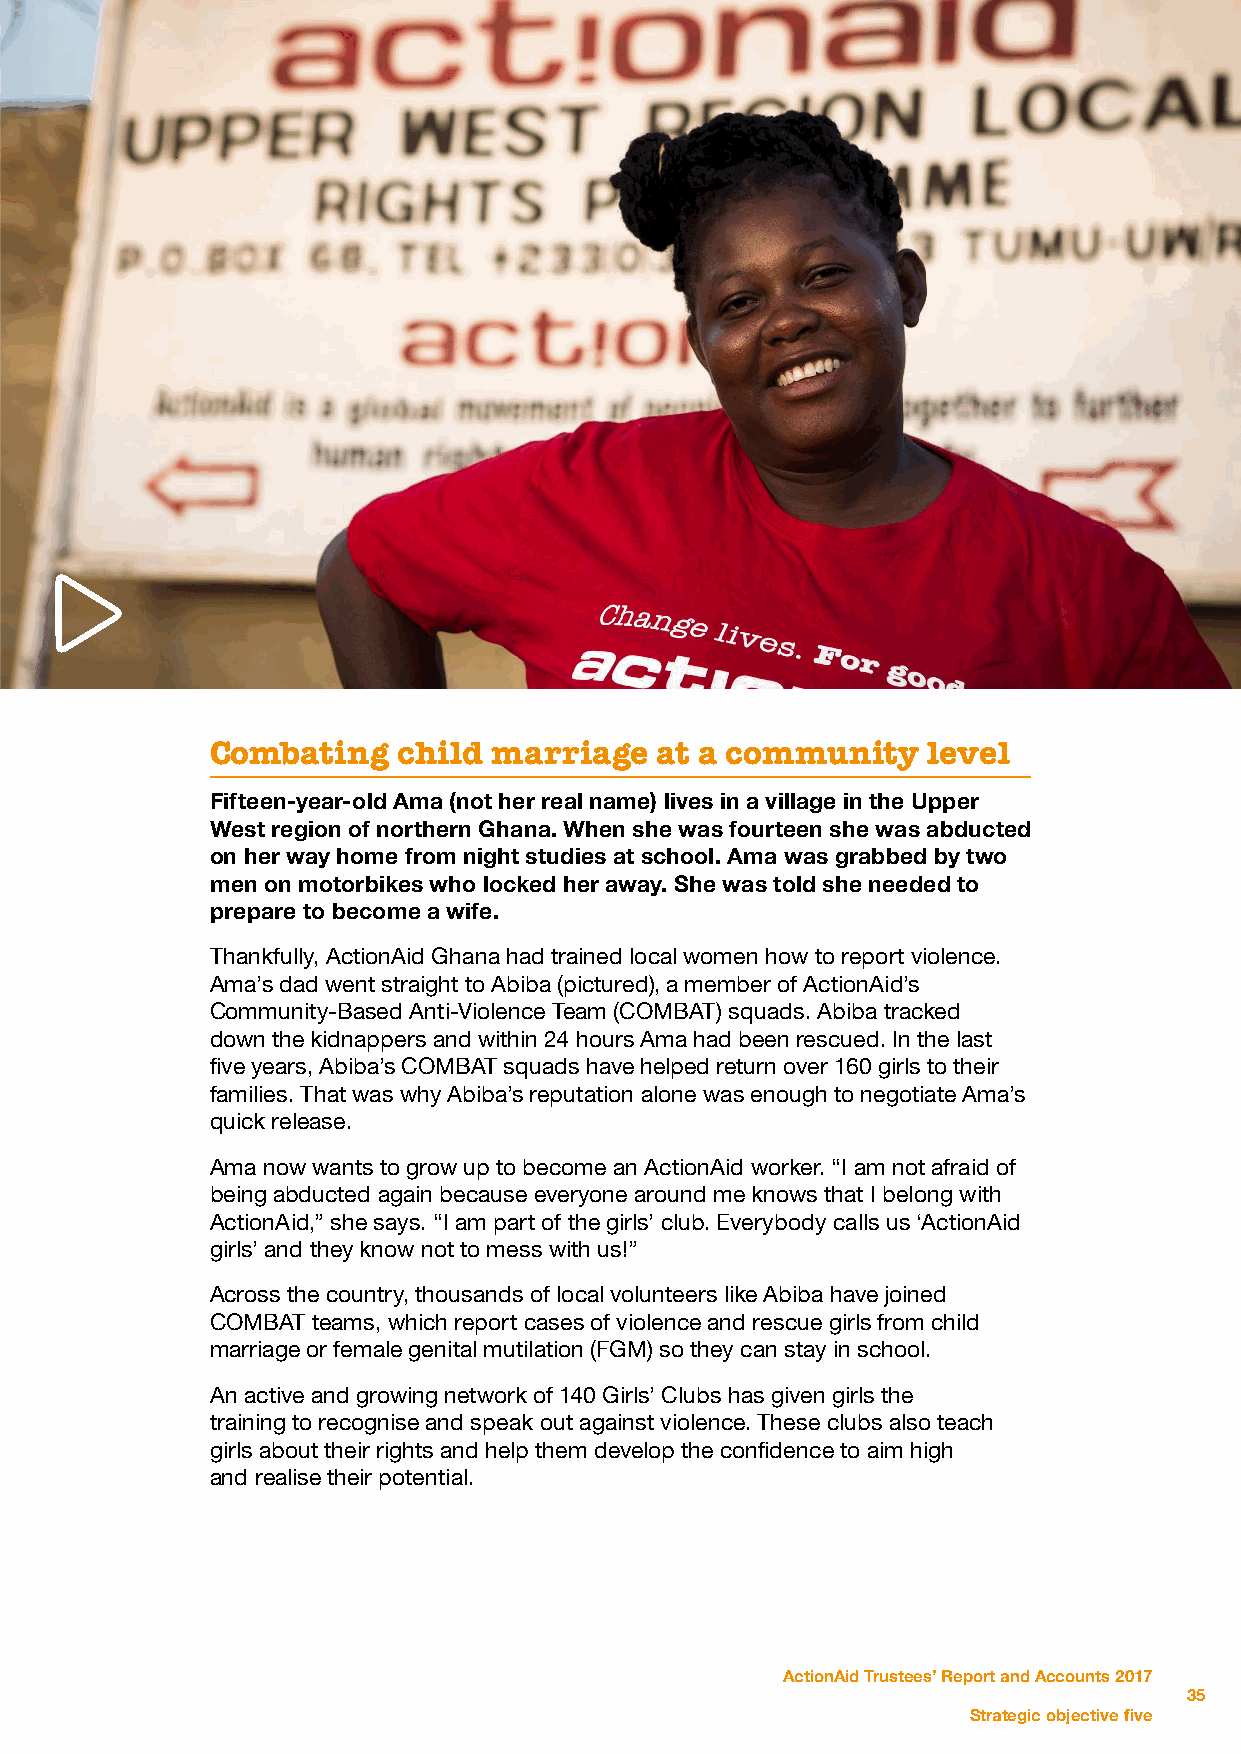
Combating   child  marriage  at a community    level
 Fifteen-year-old Ama (not her real name) lives in a village in the Upper
 West region of northern Ghana. When she was fourteen she was abducted
 on her way home from night studies at school. Ama was grabbed by two
 men on motorbikes who locked her away. She was told she needed to
 prepare to become a wife.
 Thankfully, ActionAid Ghana had trained local women how to report violence.
 Ama’s dad went straight to Abiba (pictured), a member of ActionAid’s
 Community-Based Anti-Violence Team (COMBAT) squads. Abiba tracked
 down the kidnappers and within 24 hours Ama had been rescued. In the last
 five years, Abiba’s COMBAT squads have helped return over 160 girls to their
 families. That was why Abiba’s reputation alone was enough to negotiate Ama’s
 quick release.
 Ama now wants to grow up to become an ActionAid worker. “I am not afraid of
 being abducted again because everyone around me knows that I belong with
 ActionAid,” she says. “I am part of the girls’ club. Everybody calls us ‘ActionAid
 girls’ and they know not to mess with us!”
 Across the country, thousands of local volunteers like Abiba have joined
 COMBAT teams, which report cases of violence and rescue girls from child
 marriage or female genital mutilation (FGM) so they can stay in school.
 An active and growing network of 140 Girls’ Clubs has given girls the
 training to recognise and speak out against violence. These clubs also teach
 girls about their rights and help them develop the confidence to aim high
 and realise their potential.
 ActionAid Trustees’ Report and Accounts 2017
 35
 Strategic objective five